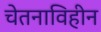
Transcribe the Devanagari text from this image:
चेतनाविहीन